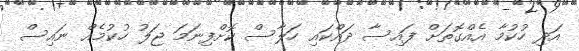
އަދި ހުކުމާ އެއްގޮތަށް ފައިސާ ދައްކައި ހަލާސް ކޮށްފިނަމަ ޖަލު ހުކުމެއް ނައިސް